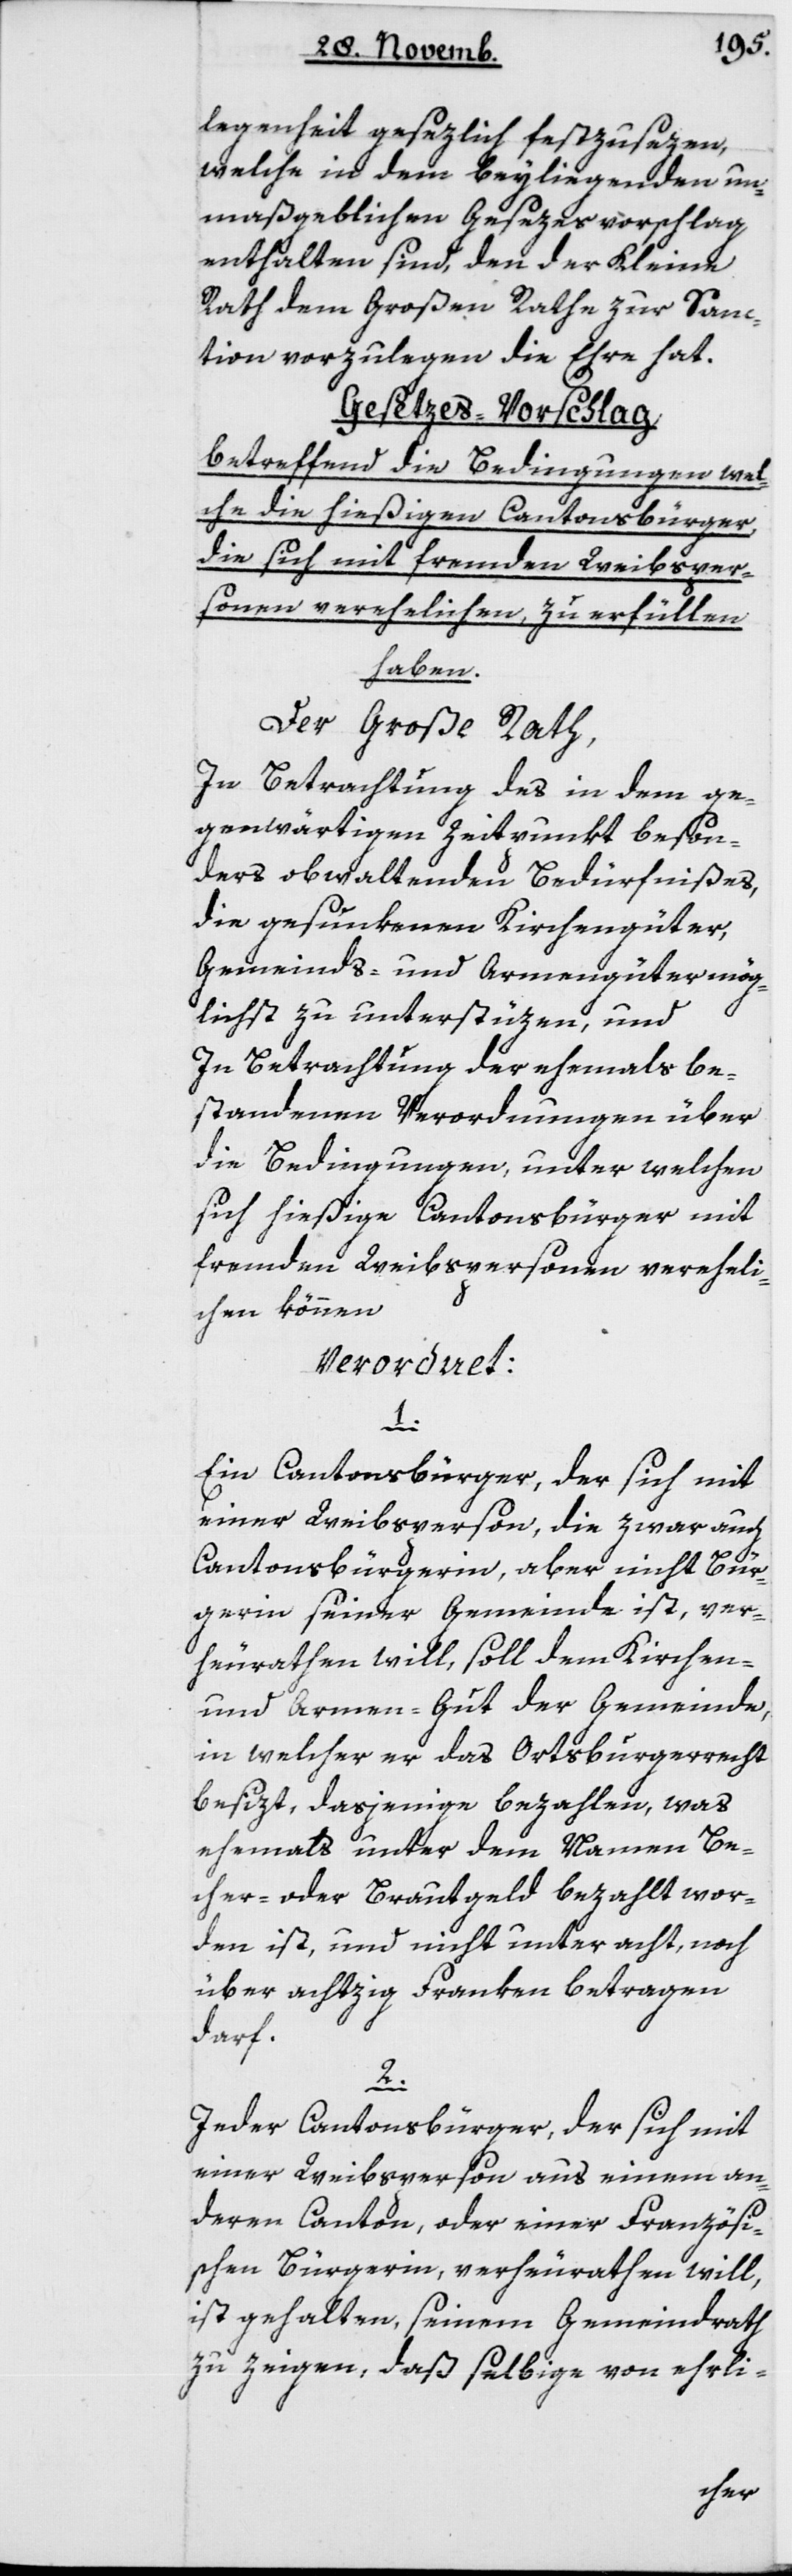
legenheit gesezlich festzusetzen,
welche in dem beyliegenden un¬
maßgeblichen Gesezesvorschlag
enthalten sind, den der Kleine
Rath dem Großen Rathe zur Sanc¬
tion vorzulegen die Ehre hat.
Gesetzes-Vorschlag
betreffend die Bedingungen, wel¬
che die hießigen Cantonsbürger,
die sich mit fremden Weibsper¬
sonen verehelichen, zu erfüllen
haben.
Der Große Rath,
in Betrachtung des in dem ge¬
genwärtigen Zeitpunkt beson¬
ders obwaltenden Bedürfnißes,
die gesunkenen Kirchengüter,
Gemeinds- und Armengüter mög¬
lichst zu unterstüzen, und
in Betrachtung der ehemals be¬
standenen Verordnungen über
die Bedingungen, unter welchen
sich hießige Cantonsbürger mit
fremden Weibspersonen vereheli¬
chen können,
verordnet:
1.
Ein Cantonsbürger, der sich mit
einer Weibsperson, die zwar auch
Cantonsbürgerin, aber nicht Bür¬
gerin seiner Gemeinde ist, ver¬
heurathen will, soll dem Kirchen-
und Armengut der Gemeinde,
in welcher er das Ortsburgerrecht
besizt, dasjenige bezahlen, was
ehemals unter dem Namen Be¬
cher- oder Brautgeld bezahlt wor¬
den ist, und nicht unter acht, noch
über achzig Franken betragen
darf.
2.
Jeder Cantonsbürger, der sich mit
einer Weibsperson aus einem an¬
deren Canton oder einer Französi¬
schen Bürgerin verheurathen will,
ist gehalten, seinem Gemeindrath
zu zeigen, daß selbige von ehrli-